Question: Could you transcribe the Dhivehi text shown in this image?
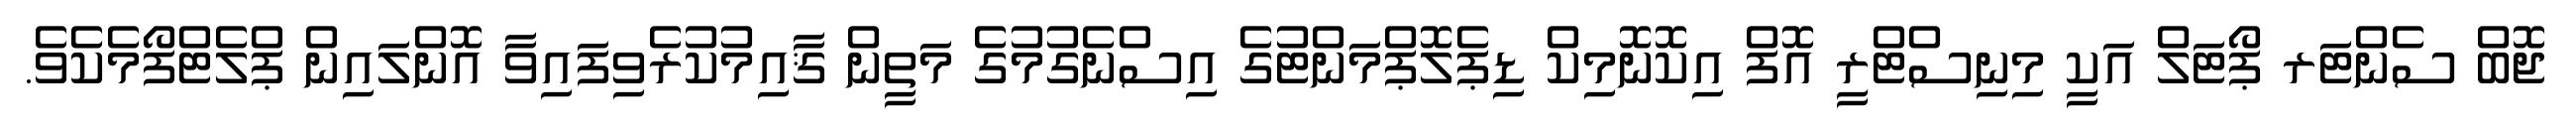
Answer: ޖޮބް ސެންޓަރ ޕޯޓަލް އަކީ މިނިސްޓްރީ އޮފް އިކޮނޮމިކް ޑިޕެލޮޕްމަންޓުގެ އިސްނެގުމުގެ މަތީން ޤާއިމުކުރެވިފައިވާ އޮންލައިން ޕްލެޓްފޯމެކެވެ.